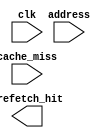
`timescale 1ns / 1ps
//////////////////////////////////////////////////////////////////////////////////
// Company: 
// Engineer: 
// 
// Design Name: 
// Module Name: NLP_Prefetcher
// Project Name: 
// Target Devices: 
// Tool Versions: 
// Description: 
// 
// Dependencies: 
// 
// Revision:
// Revision 0.01 - File Created
// Additional Comments:
// 
//////////////////////////////////////////////////////////////////////////////////


module prefetcher (clk,address,cache_miss,prefetch_hit);

    parameter way = 4;
    parameter block_size_byte = 16;
    parameter cache_size_byte = 1*1024;
    parameter way_width = $rtoi($ln(way)/$ln(2));
    
    parameter block_offset_index = $rtoi($ln(block_size_byte)/$ln(2));  //2
    parameter set = cache_size_byte/(block_size_byte*way); 
    parameter set_index = $rtoi($ln(set)/$ln(2));
     
    parameter prefetch_width = 32-block_offset_index  + 1; // without data (tag+index+valid) 
    
    input clk,cache_miss;
    input [31:0]address;
    output reg prefetch_hit;
        
endmodule